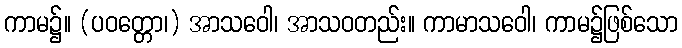
ကာမ၌။ (ပဝတ္တော၊) အာသဝေါ၊ အာသဝတည်း။ ကာမာသဝေါ၊ ကာမ၌ဖြစ်သော